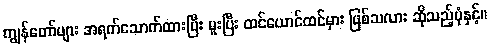
ကျွန်တော်များ အရက်သောက်ထားပြီး မူးပြီး ထင်ယောင်ထင်မှား ဖြစ်သလား ဆိုသည့်ပုံနှင့်။